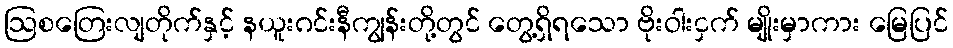
ဩစတြေးလျတိုက်နှင့် နယူးဂင်းနီကျွန်းတို့တွင် တွေ့ရှိရသော ဗိုးဝါးငှက် မျိုးမှာကား မြေပြင်